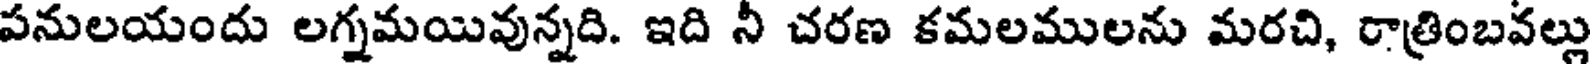
పనులయందు లగ్నమయివున్నది. ఇది నీ చరణ కమలములను మరచి, రాత్రింబవల్లు